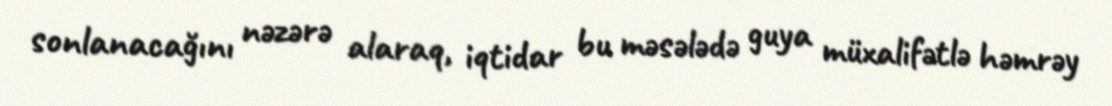
sonlanacağını nəzərə alaraq, iqtidar bu məsələdə guya müxalifətlə həmrəy